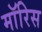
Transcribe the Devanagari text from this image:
माॅरिस